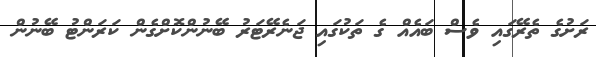
ރަށުގެ ތެރޭގައި ވެސް ބައެއް ގެ ތަކުގައި ޖަނެރޭޓަރު ބޭނުންކޮށްގެން ކަރަންޓު ބޭނުން